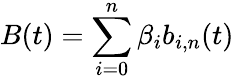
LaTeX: B(t)=\sum_{i=0}^{n}\beta_{i}b_{i,n}(t)